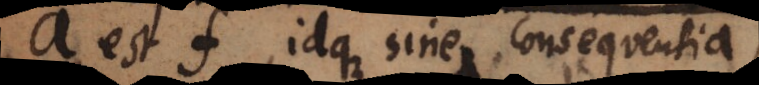
a est f, idque sine consequentia,